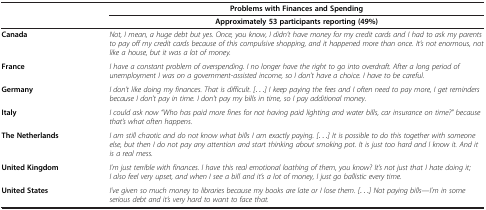
<table><thead><tr><td><b> </b></td><td><b>Problems with Finances and Spending</b></td></tr><tr><td><b> </b></td><td><b>Approximately 53 participants reporting (49%)</b></td></tr></thead><tbody><tr><td><b>Canada</b></td><td><i>Not, I mean, a huge debt but yes. Once, you know, I didn’t have money for my credit cards and I had to ask my parents to pay off my credit cards because of this compulsive shopping, and it happened more than once. It’s not enormous, not like a house, but it was a lot of money.</i></td></tr><tr><td><b>France</b></td><td><i>I have a constant problem of overspending. I no longer have the right to go into overdraft. After a long period of unemployment I was on a government-assisted income, so I don’t have a choice. I have to be careful.</i></td></tr><tr><td><b>Germany</b></td><td><i>I don’t like doing my finances. That is difficult. [...] I keep paying the fees and I often need to pay more, I get reminders because I don’t pay in time. I don’t pay my bills in time, so I pay additional money.</i></td></tr><tr><td><b>Italy</b></td><td><i>I could ask now “Who has paid more fines for not having paid lighting and water bills, car insurance on time?” because that’s what often happens.</i></td></tr><tr><td><b>The Netherlands</b></td><td><i>I am still chaotic and do not know what bills I am exactly paying. [...] It is possible to do this together with someone else, but then I do not pay any attention and start thinking about smoking pot. It is just too hard and I know it. And it is a real mess.</i></td></tr><tr><td><b>United Kingdom</b></td><td><i>I’m just terrible with finances. I have this real emotional loathing of them, you know? It’s not just that I hate doing it; I also feel very upset, and when I see a bill and it’s a lot of money, I just go ballistic every time.</i></td></tr><tr><td><b>United States</b></td><td><i>I’ve given so much money to libraries because my books are late or I lose them. [...] Not paying bills—I’m in some serious debt and it’s very hard to want to face that.</i></td></tr></tbody></table>